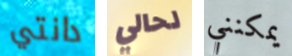
دانتي لحالي يمكنني